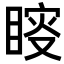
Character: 𥈟